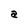
Character: a